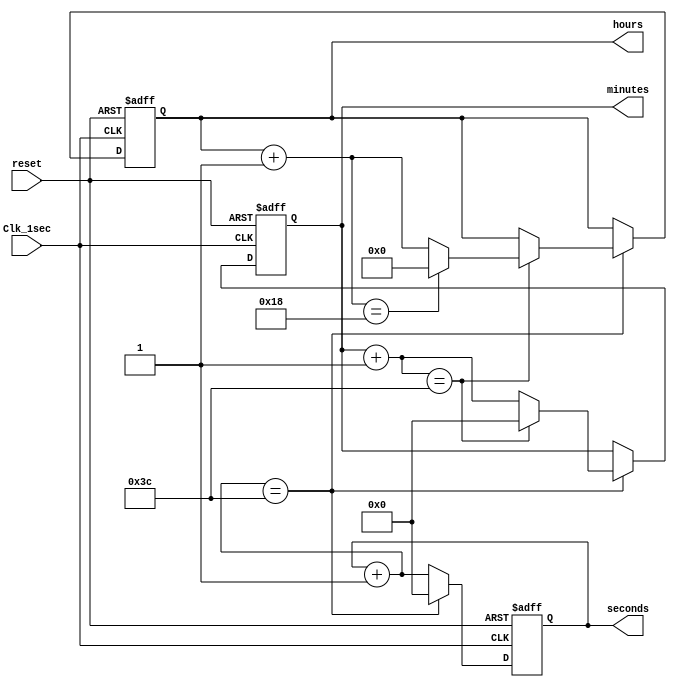
`timescale 1ns / 1ps
//////////////////////////////////////////////////////////////////////////////////
// Company: 
// Engineer: 
// 
// Design Name: 
// Module Name: asc
// Project Name: 
// Target Devices: 
// Tool Versions: 
// Description: 
// 
// Dependencies: 
// 
// Revision:
// Revision 0.01 - File Created
// Additional Comments:
// 
//////////////////////////////////////////////////////////////////////////////////


module Digital_Clock(
    Clk_1sec,  //Clock with 1 Hz frequency
    reset,     //active high reset
    seconds,
    minutes,
    hours);

//What are the Inputs?
    input Clk_1sec; 
    input reset;
//What are the Outputs?
    output [5:0] seconds;
    output [5:0] minutes;
    output [4:0] hours;
//Internal variables.
    reg [5:0] seconds;
    reg [5:0] minutes;
    reg [4:0] hours;

   //Execute the always blocks when the Clock or reset inputs are
    //changing from 0 to 1(positive edge of the signal)
    always @(posedge(Clk_1sec) or posedge(reset))
    begin
        if(reset == 1'b1) begin  //check for active high reset.
            //reset the time.
            seconds = 0;
            minutes = 0;
            hours = 0;  end
        else 
         begin  //at the beginning of each second
            seconds = seconds + 1; //increment sec
            if(seconds == 60) begin //check for max value of sec
                seconds = 0;  //reset seconds
                minutes = minutes + 1; //increment minutes
                if(minutes == 60) begin //check for max value of min
                    minutes = 0;  //reset minutes
                    hours = hours + 1;  //increment hours
                   if(hours ==  24) begin  //check for max value of hours
                        hours = 0; //reset hours
                    end
                end
            end    
        end
    end    

endmodule